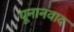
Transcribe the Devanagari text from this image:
यूनानवाद